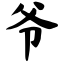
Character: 爷